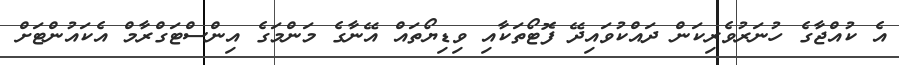
އެ ކުއްޖާގެ ހުނަރުވެރިކަން ދައްކުވައިދޭ ފޮޓޯތަކާއި ވިޑިޔޯތައް އޭނާގެ މަންމަގެ އިންސްޓަގްރާމް އެކައުންޓަށް